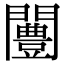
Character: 闦